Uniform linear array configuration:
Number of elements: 12
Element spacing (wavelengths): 1
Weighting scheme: exponential
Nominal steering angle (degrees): -60
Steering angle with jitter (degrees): -58.22
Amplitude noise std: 0.05
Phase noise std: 0.05

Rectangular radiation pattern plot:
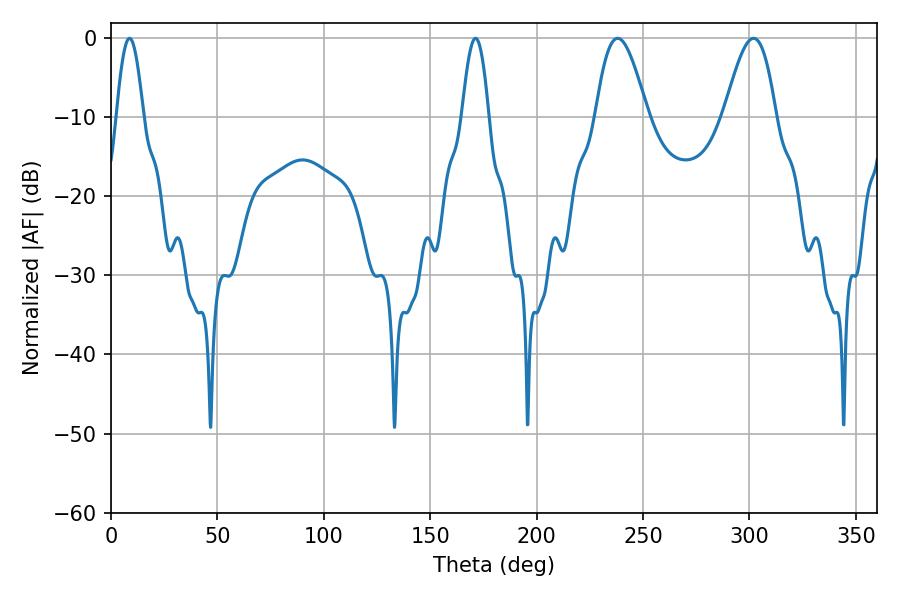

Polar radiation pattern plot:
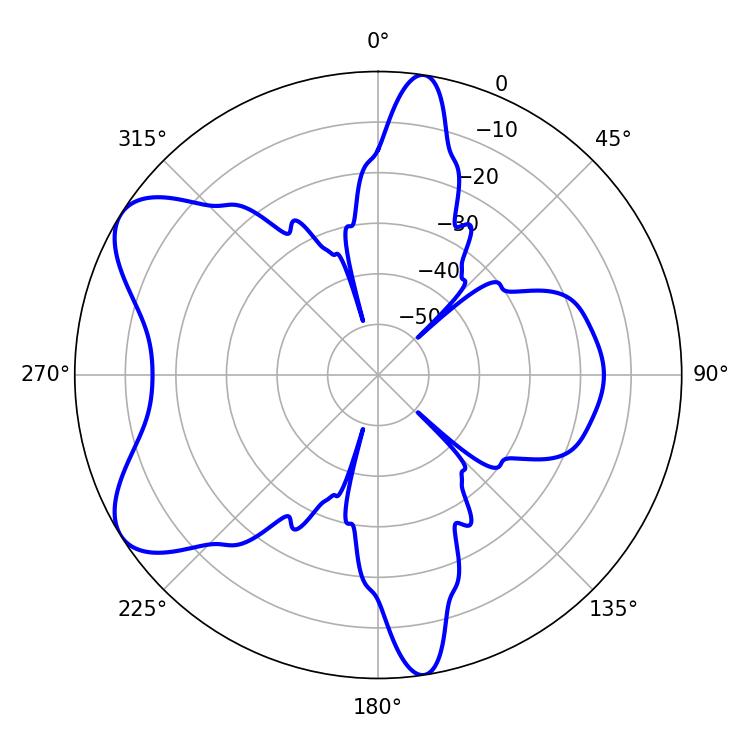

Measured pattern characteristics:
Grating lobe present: TRUE
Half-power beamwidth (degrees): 13.14
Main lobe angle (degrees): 238.14